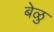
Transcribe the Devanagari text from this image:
बेळु